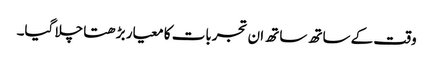
وقت کے ساتھ ساتھ ان تجربات کا معیار بڑھتا چلا گیا۔